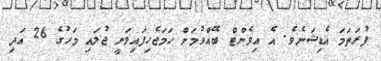
ފުރަތަމަ އެޑިޝަނެވެ. އެ އިވެންޓް ބޭއްވުމަށް ހަމަޖެހިފައިވަނީ ޖުލައި މަހުގެ 26 އަދި